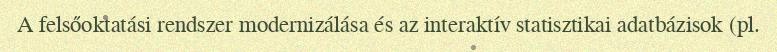
A felsőoktatási rendszer modernizálása és az interaktív statisztikai adatbázisok (pl.